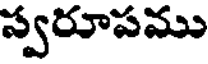
స్వరూపము